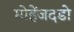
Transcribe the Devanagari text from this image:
मोहेंजदडो